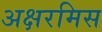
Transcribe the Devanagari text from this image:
अक्षरमिस